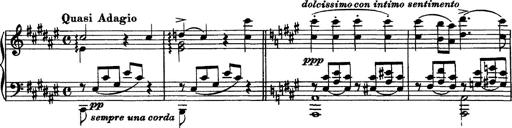
Title: Piano Sonata
Composer: Karl HÃ¤ssler
Key: C major